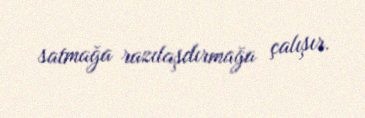
satmağa razılaşdırmağa çalışır.